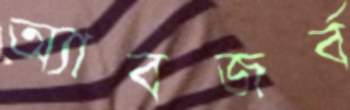
অ্যাবজর্ব